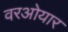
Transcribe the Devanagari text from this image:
वरओयार